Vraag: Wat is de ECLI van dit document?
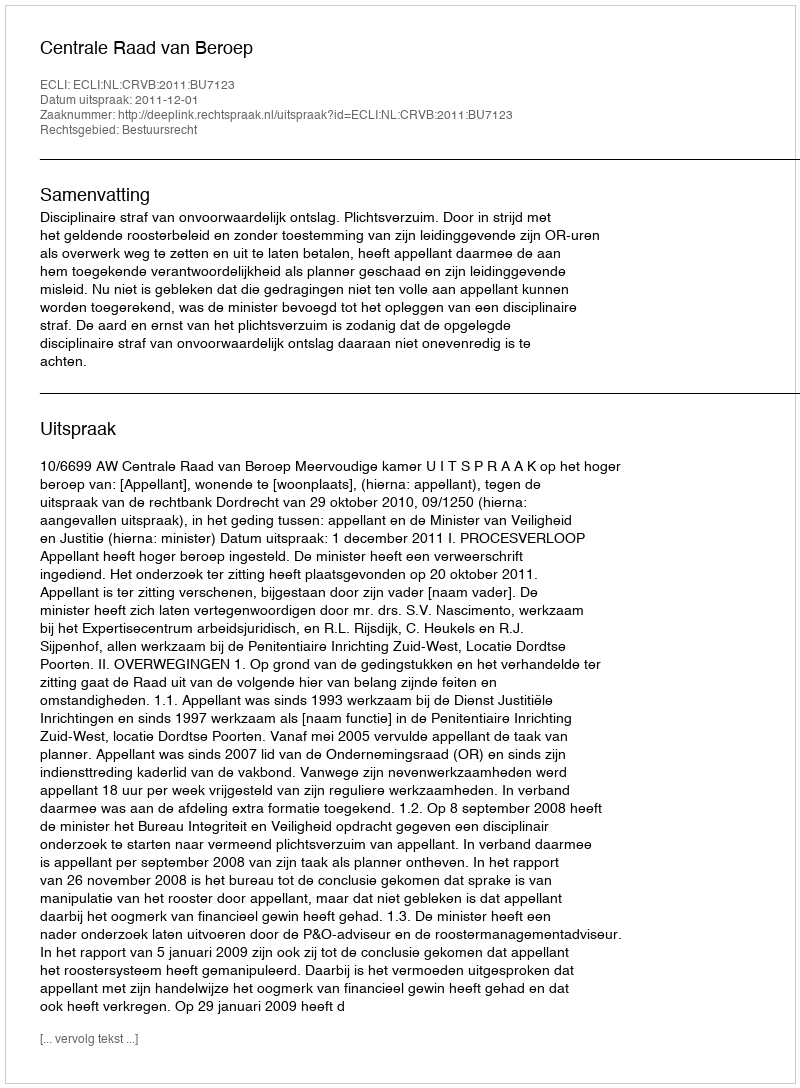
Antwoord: ECLI:NL:CRVB:2011:BU7123